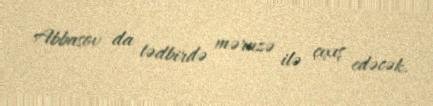
Abbasov da tədbirdə məruzə ilə çıxış edəcək.